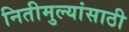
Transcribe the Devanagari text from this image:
नितीमुल्यांसाठी